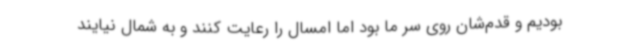
بودیم و قدم‌شان روی سر ما بود اما امسال را رعایت کنند و به شمال نیایند